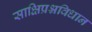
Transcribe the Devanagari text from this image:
साक्षिप्रश्नविधान